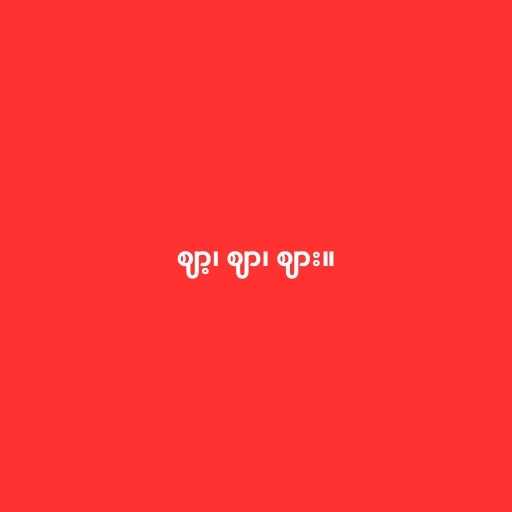
ဈာ့၊ ဈာ၊ ဈား။